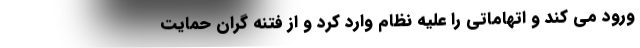
ورود می کند و اتهاماتی را علیه نظام وارد کرد و از فتنه گران حمایت